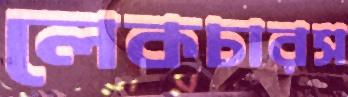
লেকচারস